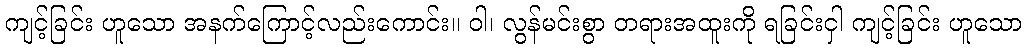
ကျင့်ခြင်း ဟူသော အနက်ကြောင့်လည်းကောင်း။ ဝါ၊ လွန်မင်းစွာ တရားအထူးကို ရခြင်းငှါ ကျင့်ခြင်း ဟူသော